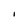
Character: I